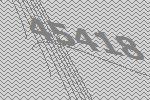
45418